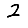
Digit: 2